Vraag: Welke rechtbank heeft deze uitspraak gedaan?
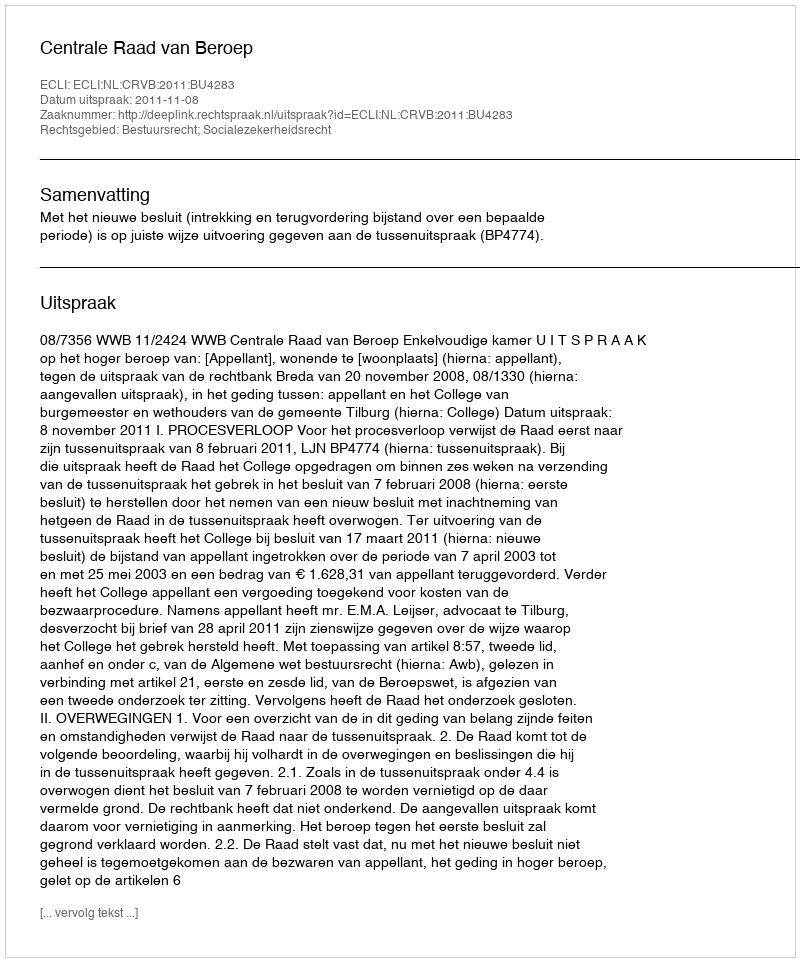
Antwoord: Centrale Raad van Beroep